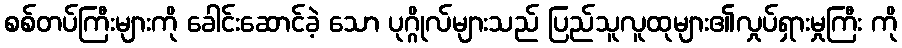
စစ်တပ်ကြီးများကို ခေါင်းဆောင်ခဲ့ သော ပုဂ္ဂိုလ်များသည် ပြည်သူလူထုများ၏လှုပ်ရှားမှုကြီး ကို